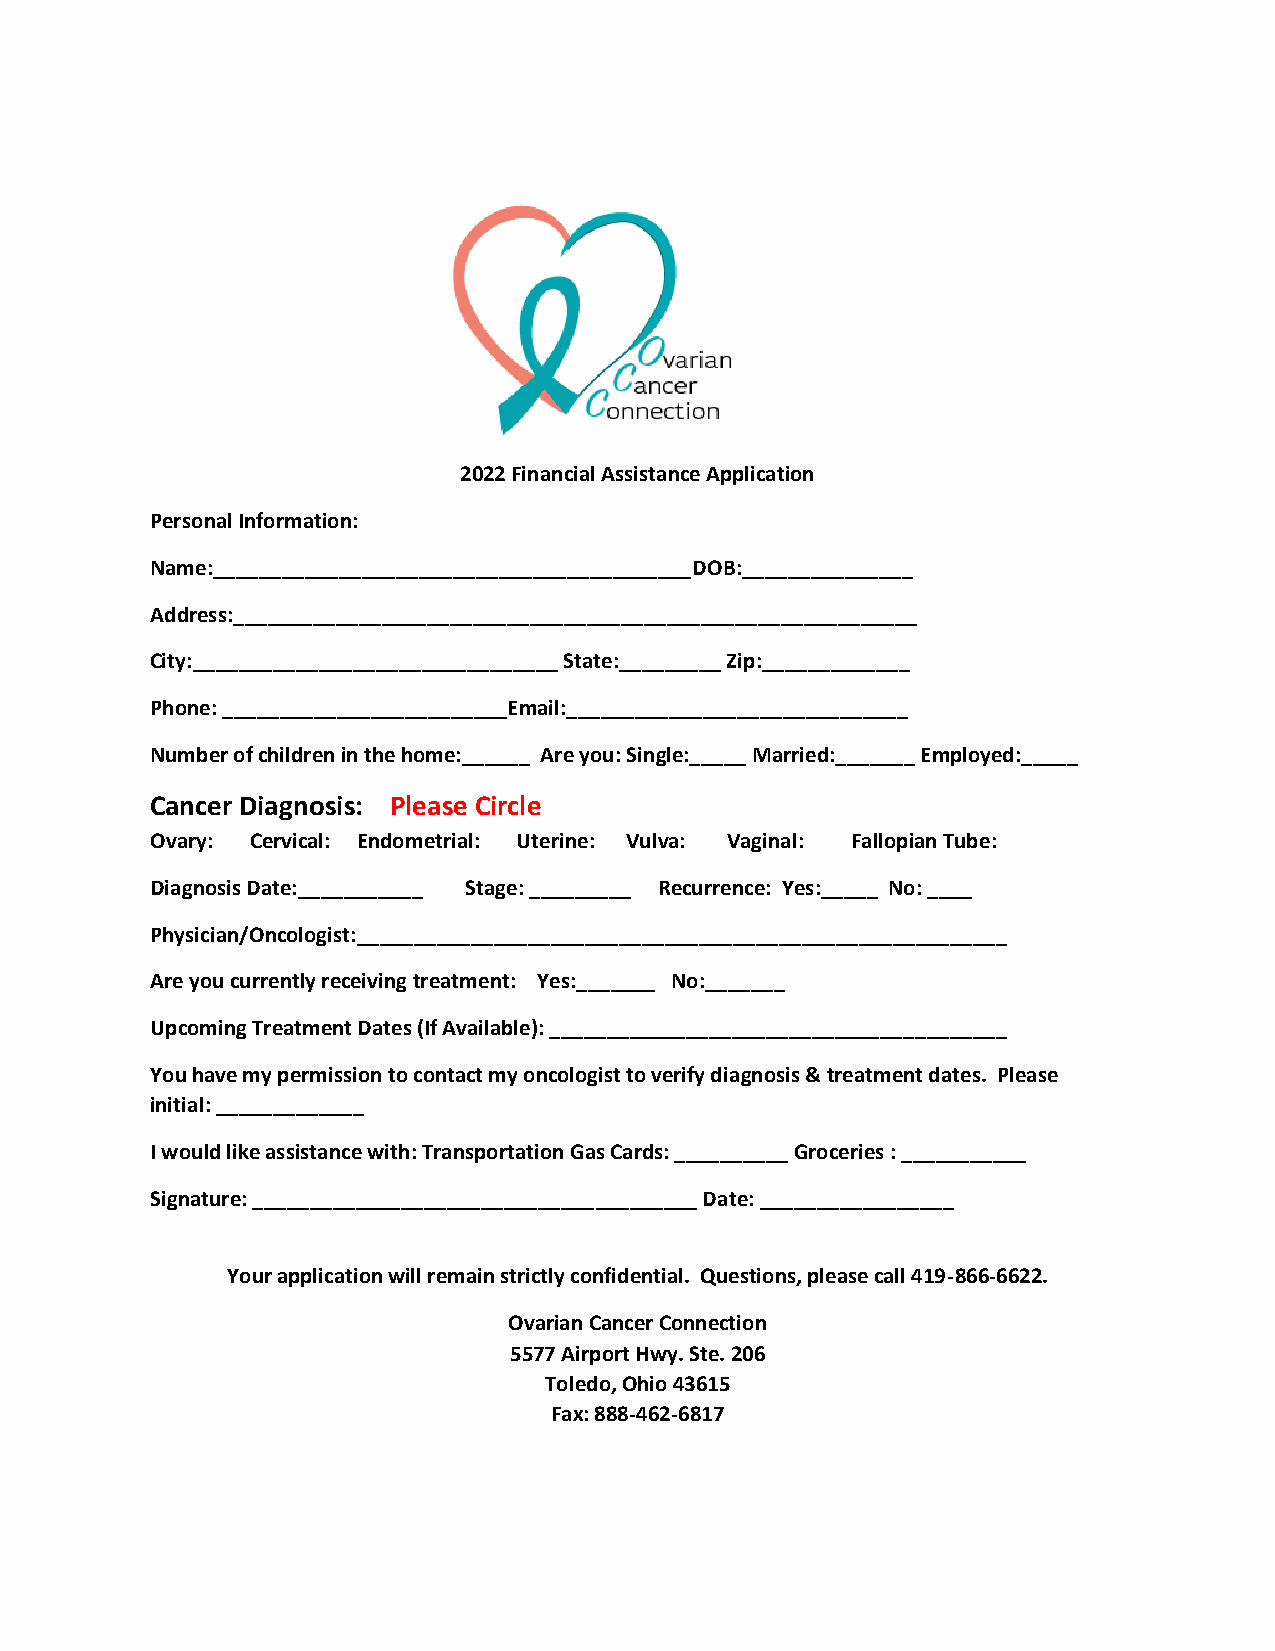
2022 Financial Assistance Application
 Personal Information:
 Name:__________________________________________DOB:_______________
 Address:____________________________________________________________
 City:________________________________ State:_________ Zip:_____________
 Phone: _________________________Email:______________________________
 Number of children in the home:______ Are you: Single:_____ Married:_______ Employed:_____
 Cancer Diagnosis: Please Circle
 Ovary: Cervical: Endometrial: Uterine: Vulva: Vaginal: Fallopian Tube:
 Diagnosis Date:___________ Stage: _________ Recurrence: Yes:_____ No: ____
 Physician/Oncologist:_________________________________________________________
 Are you currently receiving treatment: Yes:_______ No:_______
 Upcoming Treatment Dates (If Available): ________________________________________
 You have my permission to contact my oncologist to verify diagnosis & treatment dates. Please
 initial: _____________
 I would like assistance with: Transportation Gas Cards: __________ Groceries : ___________
 Signature: _______________________________________ Date: _________________
 Your application will remain strictly confidential. Questions, please call 419-866-6622.
 Ovarian Cancer Connection
 5577 Airport Hwy. Ste. 206
 Toledo, Ohio 43615
 Fax: 888-462-6817